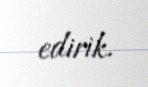
edirik.